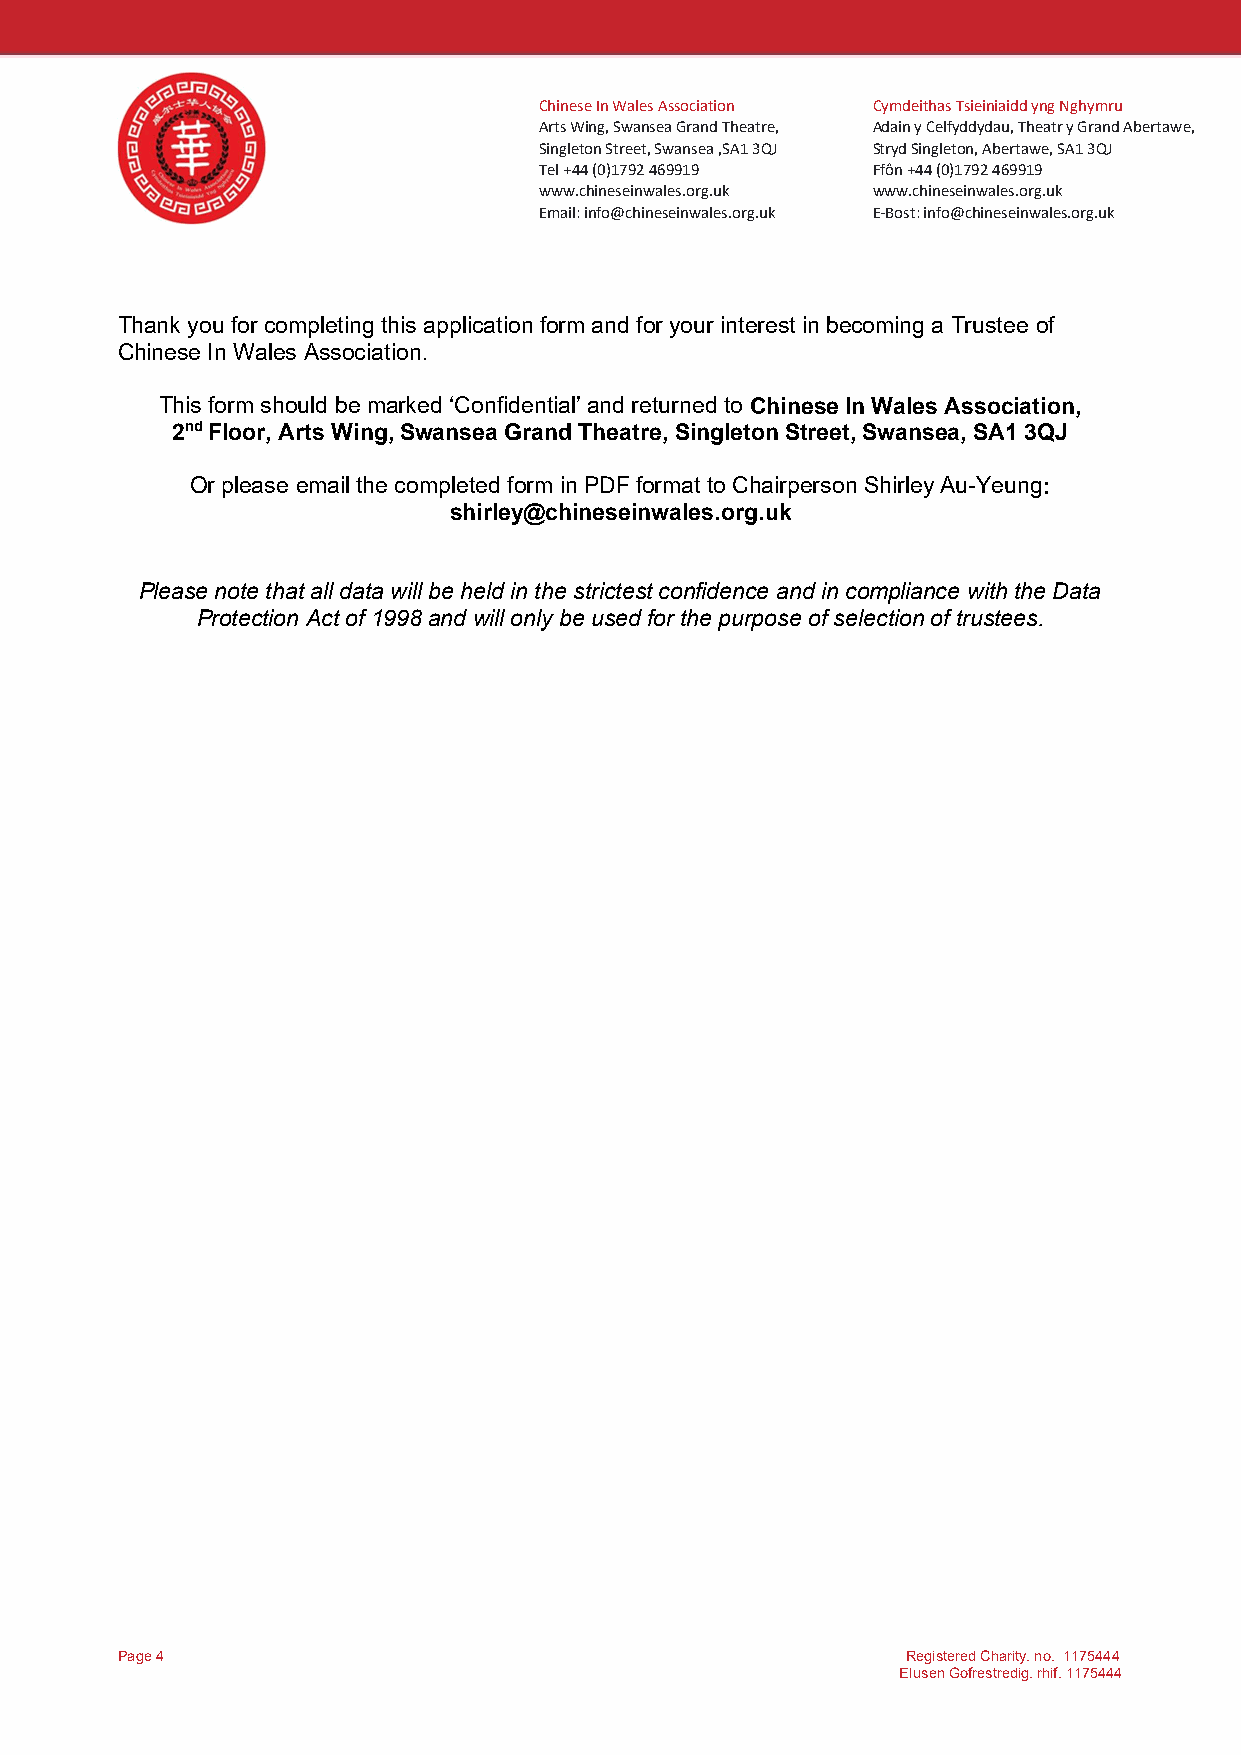
Chinese In Wales Association Cymdeithas Tsieiniaidd yng Nghymru
 Arts Wing, Swansea Grand Theatre, Adain y Celfyddydau, Theatr y Grand Abertawe,
 Singleton Street, Swansea ,SA1 3QJ Stryd Singleton, Abertawe, SA1 3QJ
 Tel +44 (0)1792 469919 Ffôn +44 (0)1792 469919
 www.chineseinwales.org.uk www.chineseinwales.org.uk
 Email: info@chineseinwales.org.uk E-Bost: info@chineseinwales.org.uk
 Thank you for completing this application form and for your interest in becoming a Trustee of
 Chinese In Wales Association.
 This form should be marked ‘Confidential’ and returned to Chinese In Wales Association,
 2nd Floor, Arts Wing, Swansea Grand Theatre, Singleton Street, Swansea, SA1 3QJ
 Or please email the completed form in PDF format to Chairperson Shirley Au-Yeung:
 shirley@chineseinwales.org.uk
 Please note that all data will be held in the strictest confidence and in compliance with the Data
 Protection Act of 1998 and will only be used for the purpose of selection of trustees.
 Page 4                                              Registered Charity. no. 1175444
 Elusen Gofrestredig. rhif. 1175444